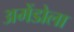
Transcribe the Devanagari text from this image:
अमेंडोला